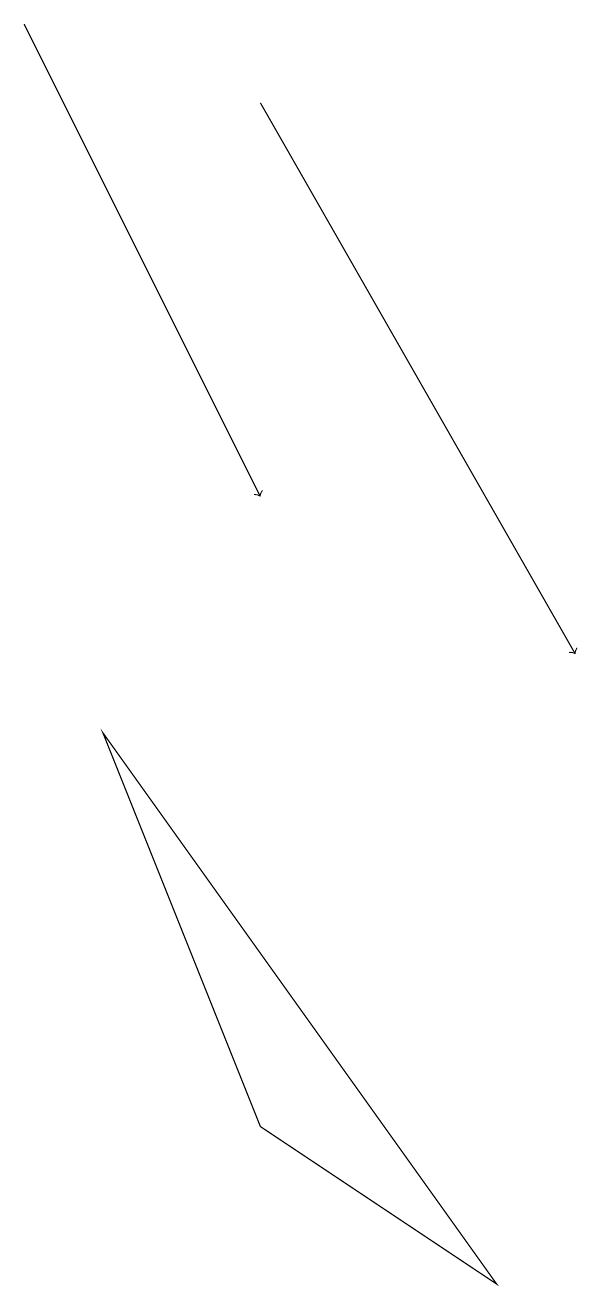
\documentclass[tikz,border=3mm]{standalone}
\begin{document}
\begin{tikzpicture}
\draw (2,9) -- (4,4) -- (7,2) -- cycle;
\draw[->] (1,18) -- (4,12);
\draw[->] (4,17) -- (8,10);
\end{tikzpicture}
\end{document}